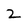
Character: 2